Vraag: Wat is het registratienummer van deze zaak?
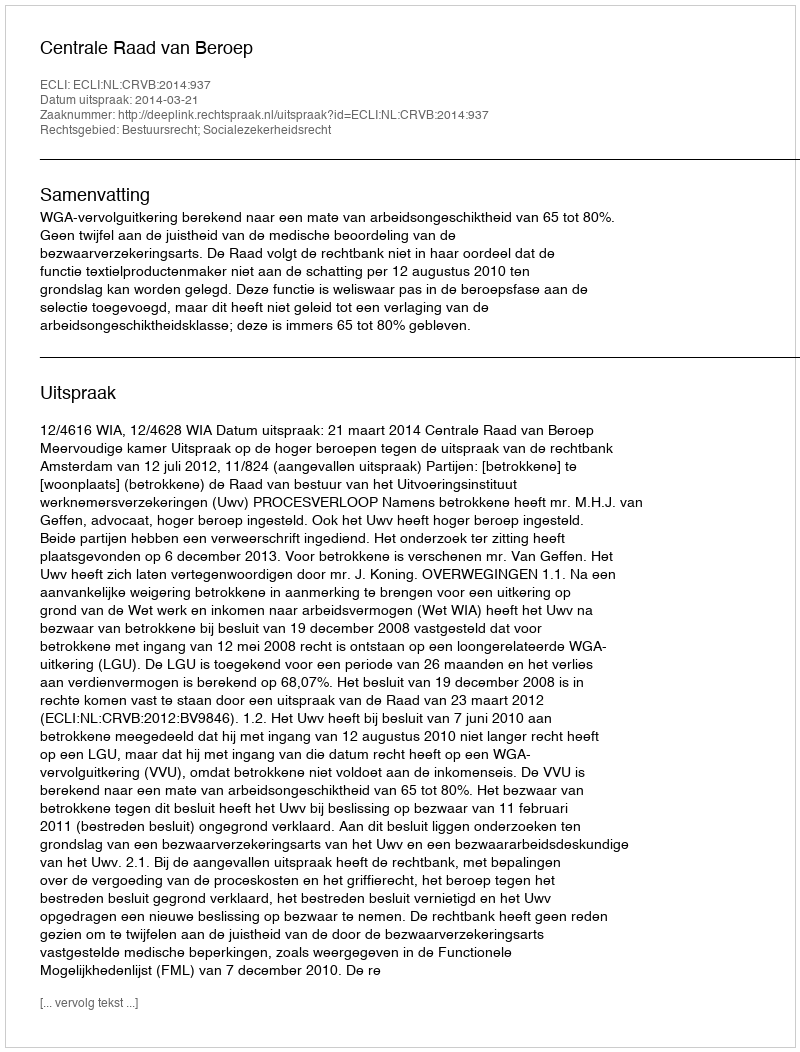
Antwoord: http://deeplink.rechtspraak.nl/uitspraak?id=ECLI:NL:CRVB:2014:937